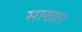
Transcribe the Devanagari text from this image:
साखार